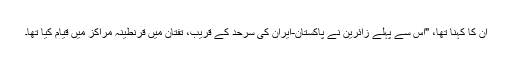
ان کا کہنا تھا، "اس سے پہلے زائرین نے پاکستان-ایران کی سرحد کے قریب، تفتان میں قرنطینہ مراکز میں قیام کیا تھا۔